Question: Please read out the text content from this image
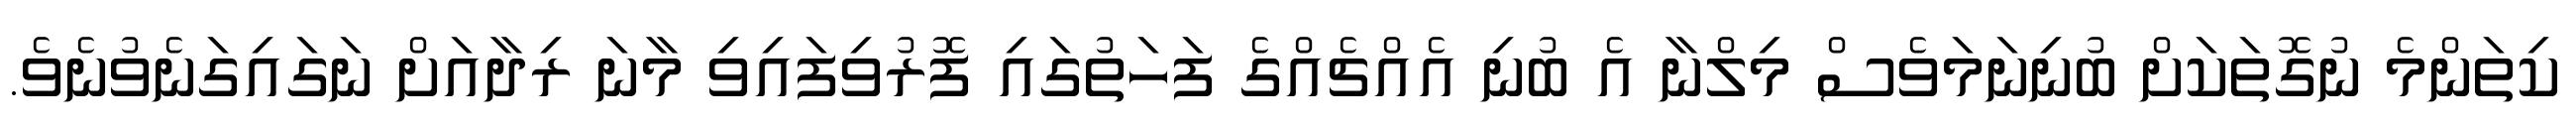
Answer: ކިތަންމެ ނުގޮތަކަށް ބުނިނަމަވެސް މިލްނާ އެ ބުނި އެއްޗެއްގެ ފަހަތުގައި ފޮރުވިފައިވި މާނަ ރިދާއަށް ނަގައިގަނެވުނެވެ.